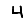
Digit: 4